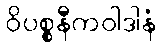
ဝိပစ္စနီကဝါဒါနံ